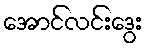
အောင်လင်းဒွေး